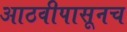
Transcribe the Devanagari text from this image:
आठवीपासूनच